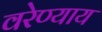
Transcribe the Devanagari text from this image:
वरेण्याय